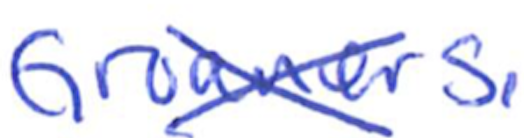
Text: Groaners.
Cross-out: cross
Writing tool: ballpoint